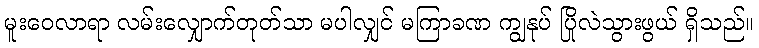
မူးဝေလာရာ လမ်းလျှောက်တုတ်သာ မပါလျှင် မကြာခဏ ကျွနုပ် ပြိုလဲသွားဖွယ် ရှိသည်။